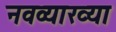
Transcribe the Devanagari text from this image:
नवव्याख्या